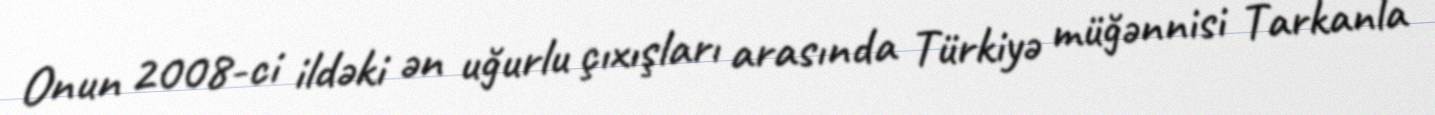
Onun 2008-ci ildəki ən uğurlu çıxışları arasında Türkiyə müğənnisi Tarkanla